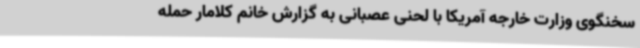
سخنگوی وزارت خارجه آمریکا با لحنی عصبانی به گزارش خانم کلامار حمله